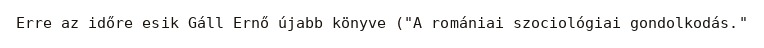
Erre az időre esik Gáll Ernő újabb könyve ("A romániai szociológiai gondolkodás."